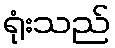
ရုံးသည်